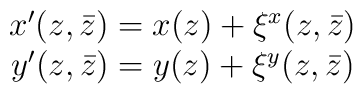
\begin{array}{c}x'(z,\bar{z})=x(z)+\xi^x(z,\bar{z})\\y'(z,\bar{z})=y(z)+\xi^y(z,\bar{z})\end{array}